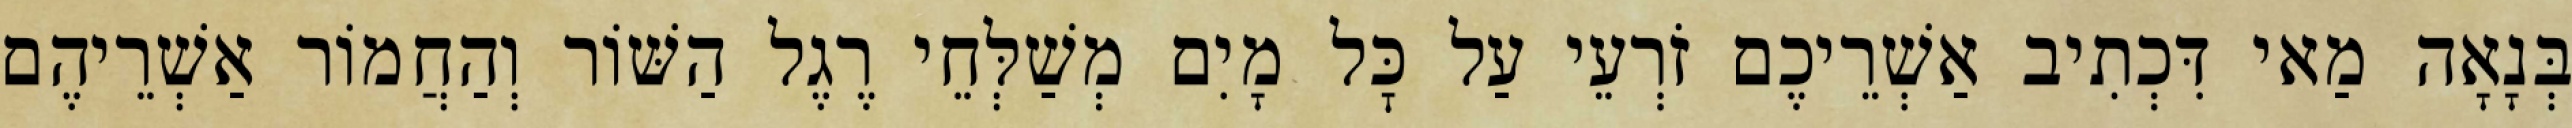
בְּנָאָה מַאי דִּכְתִיב אַשְׁרֵיכֶם זֹרְעֵי עַל כׇּל מָיִם מְשַׁלְּחֵי רֶגֶל הַשּׁוֹר וְהַחֲמוֹר אַשְׁרֵיהֶם